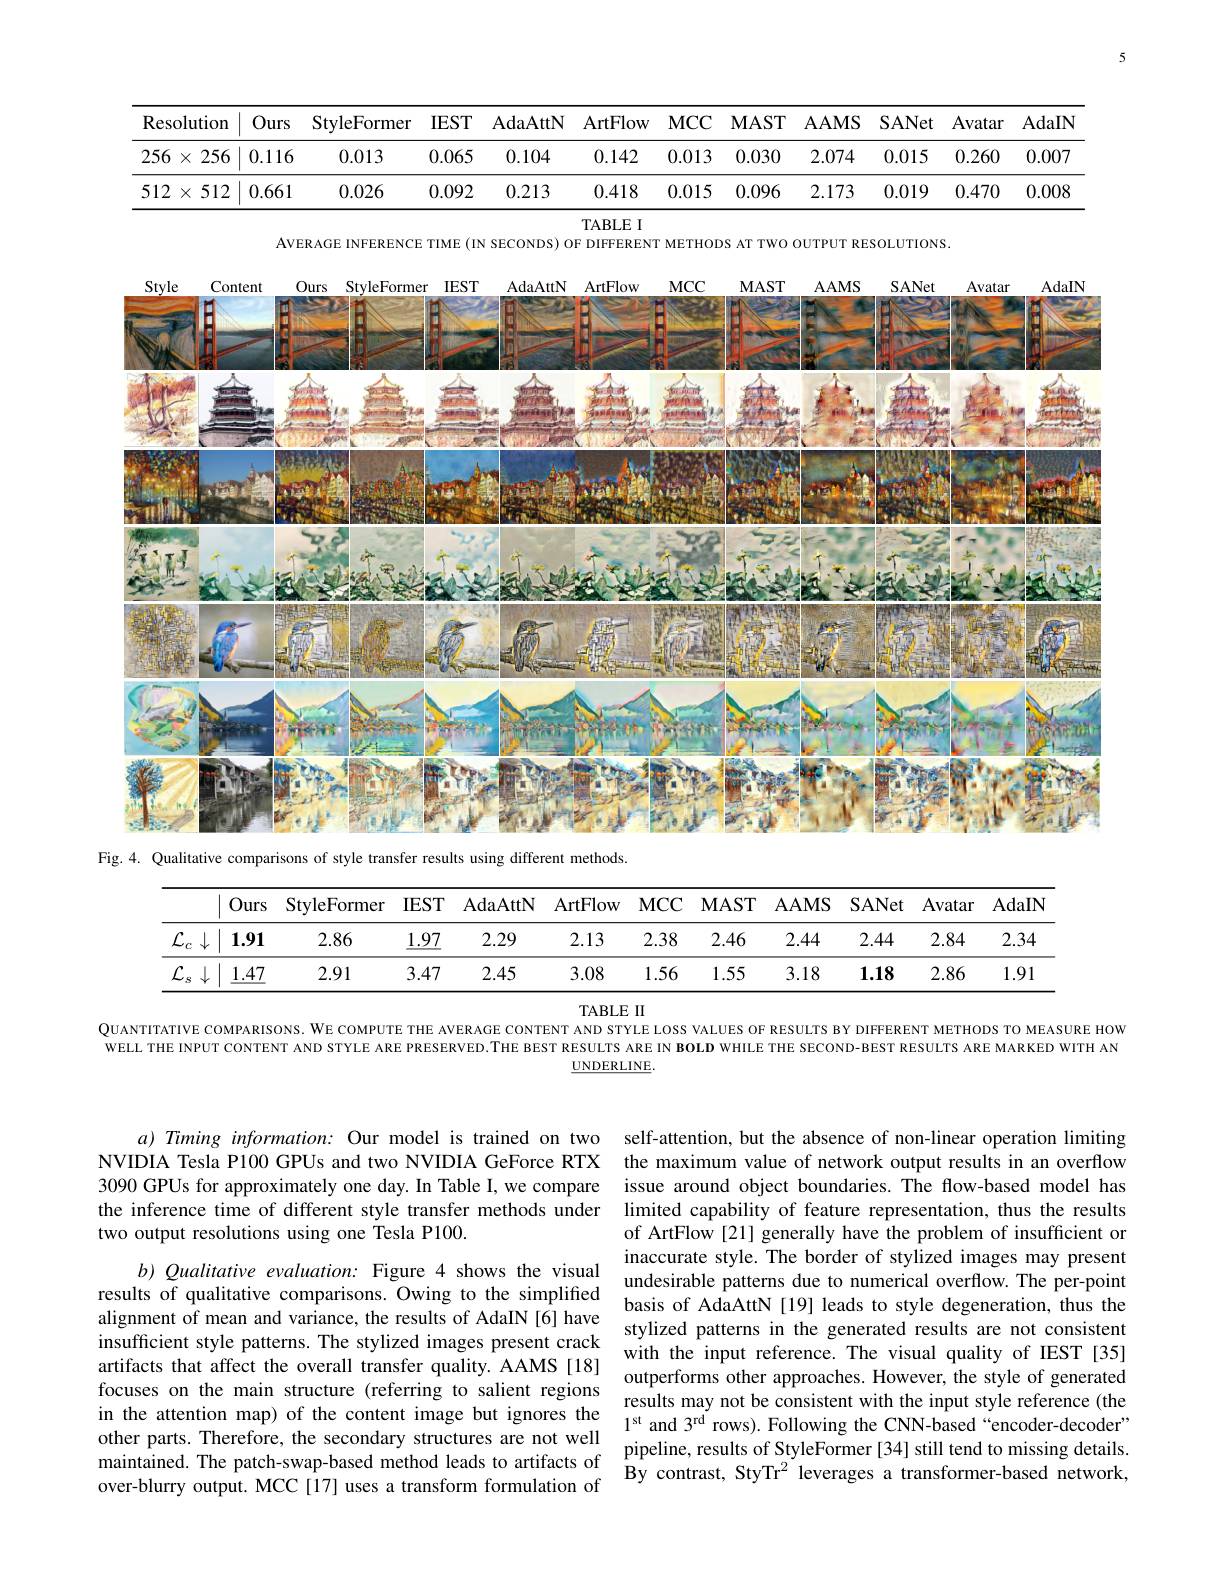
5

<table>
	<tbody>
		<tr>
			<th>Resc</th>
			<th>olution</th>
			<th>Ours</th>
			<th>StyleFormer</th>
			<th>$IEST$</th>
			<th>AdaAttN</th>
			<th>ArtFlow</th>
			<th>$MCC$</th>
			<th>$\mathbf{MAST}$</th>
			<th>AAMS</th>
			<th>SANet</th>
			<th>Avatar</th>
			<th>AdaIN</th>
		</tr>
		<tr>
			<th>256</th>
			<th>256 $X$</th>
			<th>0.116</th>
			<th>0.013</th>
			<th>0.065</th>
			<th>0.104</th>
			<th>0.142</th>
			<th>0.013</th>
			<th>0.030</th>
			<th>2.074</th>
			<th>0.015</th>
			<th>0.260</th>
			<th>0.007</th>
		</tr>
		<tr>
			<td>512</td>
			<td>512 $X$</td>
			<td>0.661</td>
			<td>0.026</td>
			<td>0.092</td>
			<td>0.213</td>
			<td>0.418</td>
			<td>0.015</td>
			<td>0.096</td>
			<td>2.173</td>
			<td>0.019</td>
			<td>0.470</td>
			<td>0.008</td>
		</tr>
	</tbody>
</table>
TABLE I

AVERAGE INFERENCE TIME (IN SECONDS) OF DIFFERENT METHODS AT TWO OUTPUT RESOLUTIONS

<FigureHere>
Fig. 4. Qualitative comparis

<table>
	<tbody>
		<tr>
			<th> </th>
			<th> </th>
			<th>Ours</th>
			<th>StyleFormer</th>
			<th>$IEST$</th>
			<th>AdaAttN</th>
			<th>ArtFlow</th>
			<th>$MCC$</th>
			<th>MAST</th>
			<th>AAMS</th>
			<th>SANet</th>
			<th>Avatar</th>
			<th>AdaIN</th>
		</tr>
		<tr>
			<td>$\mathcal{L}_c$</td>
			<td>1 $\downarrow$</td>
			<td>1.91</td>
			<td>2.86</td>
			<td>$\underline{1.97}$</td>
			<td>2.29</td>
			<td>2.13</td>
			<td>2.38</td>
			<td>2.46</td>
			<td>2.44</td>
			<td>2.44</td>
			<td>2.84</td>
			<td>2.34</td>
		</tr>
		<tr>
			<td>$\mathcal{L}$ </td>
			<td>1 </td>
			<td>$\underline{1.47}$</td>
			<td>2.91</td>
			<td>3.47</td>
			<td>2.45</td>
			<td>3.08</td>
			<td>1.56</td>
			<td>1.55</td>
			<td>3.18</td>
			<td>1.18</td>
			<td>2.86</td>
			<td>1.91</td>
		</tr>
	</tbody>
</table>

TABLE II
QuANTITATIVE COMPARISONS. WE COMPUTE THE AVERAGE CONTENT AND STYLE LOSS VALUES OF RESULTS BY DIFFERENT METHODS TO MEASURE HOW WELL THE INPUT CONTENT AND S
$\underline{\mathrm{UNDERLINE}}.$

$a)Timing$ information: Our NVIDIA Tesla P100 GPUs and t 3090 GPUs for approximately the inference time of differ two output resolutions using

insufficient style patterns.

of ArtFlow [21] generally ha
$b) \textit{Qualitative evaluation: Figure 4 shows the visual}$ inaccurate style. The border of stylized images may present
undesirable patterns due to
results of qualitative compa
stylized patterns in the gen with the input reference. Th
results may not be consisten
in the attention map) of the content image but i
pipeline, results of StyleFormer[34] still tend to missing details
maintained. The patch-swap-b